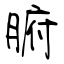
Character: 腑